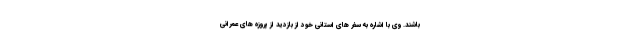
باشند. وی با اشاره به سفر های استانی خود از بازدید از پروزه های عمرانی